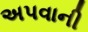
અપવાની